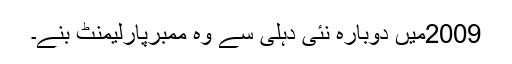
2009میں دوبارہ نئی دہلی سے وہ ممبرپارلیمنٹ بنے۔